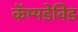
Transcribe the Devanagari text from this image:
कॅम्पडेविड